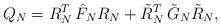
LaTeX: \begin{align*} Q_N = R_N^T \, \hat{F}_N R_N + \tilde{R}_N^T \, \tilde{G}_N \tilde{R}_N,\end{align*}